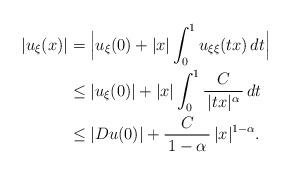
LaTeX: \begin{align*}|u_\xi(x)| &= \Big|u_\xi(0)+|x|\int_0^1u_{\xi\xi}(tx)\,dt\Big| \\&\le |u_\xi(0)|+|x|\int_0^1\frac{C}{\, |tx|^\alpha \,}\,dt \\&\le |D u(0)|+\frac{C}{\, 1-\alpha \,} \, |x|^{1-\alpha}.\end{align*}